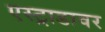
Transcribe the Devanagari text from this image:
एस्ट्राडावर